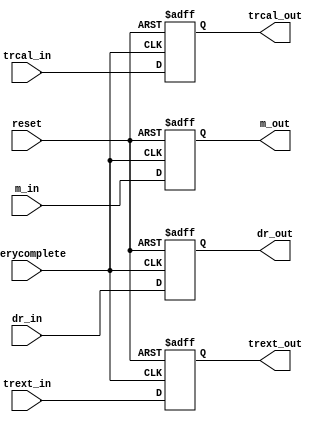


// Transmit settings
// Copyright 2010 University of Washington
// License: http://creativecommons.org/licenses/by/3.0/
// 2008 Dan Yeager

// This stores tx settings
// Settings are refreshed from a query command

module txsettings(reset, trcal_in,  m_in,  dr_in,  trext_in, querycomplete,
                         trcal_out, m_out, dr_out, trext_out);

input reset, dr_in, trext_in, querycomplete;
input [9:0] trcal_in;
input [1:0] m_in;

output dr_out, trext_out;
output [9:0] trcal_out;
output [1:0] m_out;

reg       dr_out, trext_out;
reg [9:0] trcal_out;
reg [1:0] m_out;


  always @ (posedge querycomplete or posedge reset) begin
	if (reset) begin
      dr_out    <= 0;
      trext_out <= 0;
      trcal_out <= 0;
      m_out     <= 0;
	end	else begin
      dr_out    <= dr_in;
      trext_out <= trext_in;
      trcal_out <= trcal_in;
      m_out     <= m_in;
	end
  end
endmodule